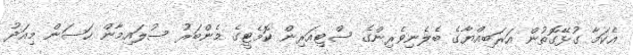
އެކަމާ ގުޅޭގޮތުން އަރަބިއްޔާގެ ބެލެނިވެރިންގެ ސްޓިއަރިން ކޮމެޓީގެ މެންބަރު ސުލައިމާން ހަސަން މިއަދު